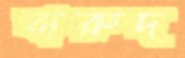
বারুদ